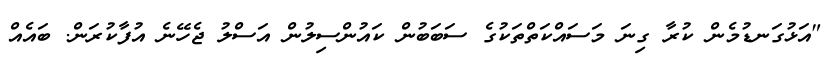
"އަޅުގަނޑުމެން ކުރާ ގިނަ މަސައްކަތްތަކުގެ ސަބަބުން ކައުންސިލުން އަސްލު ޖެހޭނެ އުފާކުރަން. ބައެއް